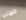
المانيا